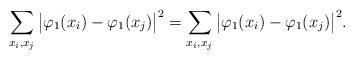
LaTeX: \begin{align*}\sum_{x_i, x_j }\big|\varphi_1(x_i) - \varphi_1(x_j)\big|^2= \sum_{x_i, x_j }\big|\varphi_1(x_i) - \varphi_1(x_j)\big|^2. \end{align*}